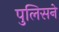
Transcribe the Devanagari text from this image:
पुलिसने